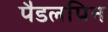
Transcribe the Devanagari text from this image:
पैडलपिन